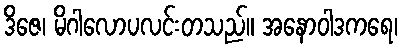
ဒိဇေ၊ မိဂါလောပလင်းတသည်။ အနောဝါဒကရေ၊